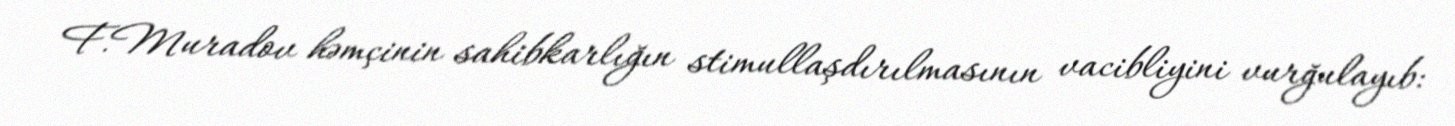
F.Muradov həmçinin sahibkarlığın stimullaşdırılmasının vacibliyini vurğulayıb: